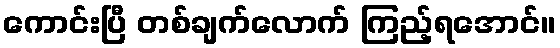
ကောင်းပြီ တစ်ချက်လောက် ကြည့်ရအောင်။